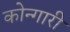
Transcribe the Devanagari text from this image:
कोन्गारी